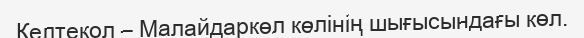
Келтекол – Малайдаркөл көлінің шығысындағы көл.